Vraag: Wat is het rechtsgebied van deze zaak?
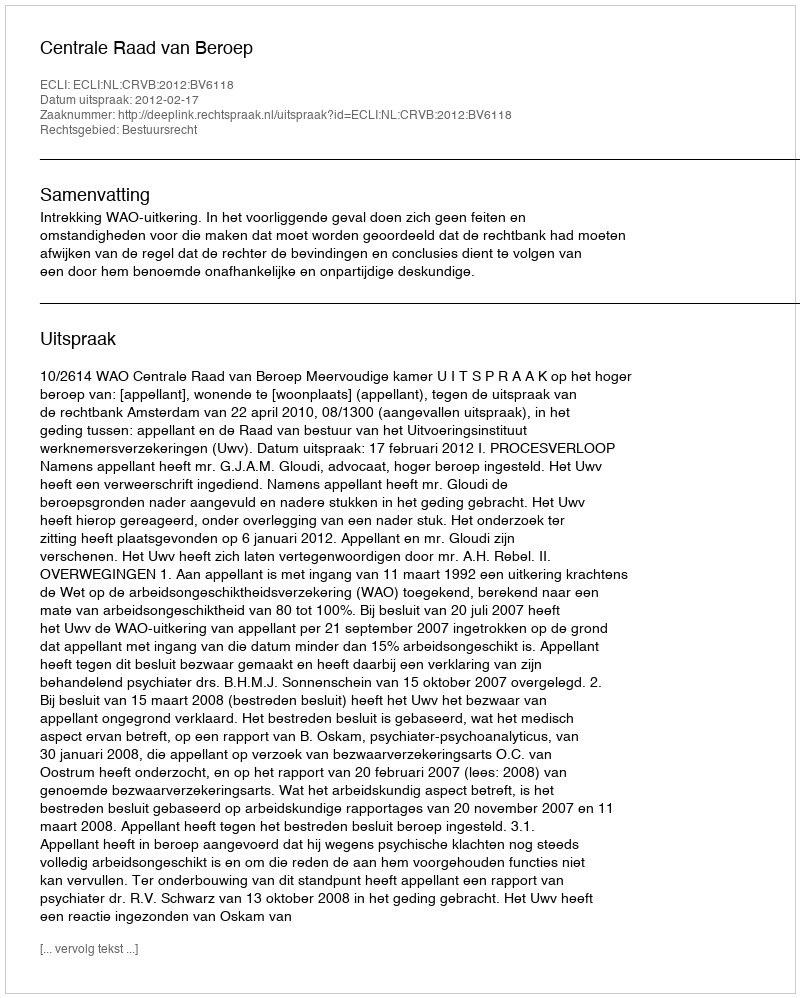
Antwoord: Bestuursrecht